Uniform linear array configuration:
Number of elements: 48
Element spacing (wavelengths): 0.25
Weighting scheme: exponential
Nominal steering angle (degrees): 45
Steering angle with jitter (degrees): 44.324
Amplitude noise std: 0.05
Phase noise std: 0.05

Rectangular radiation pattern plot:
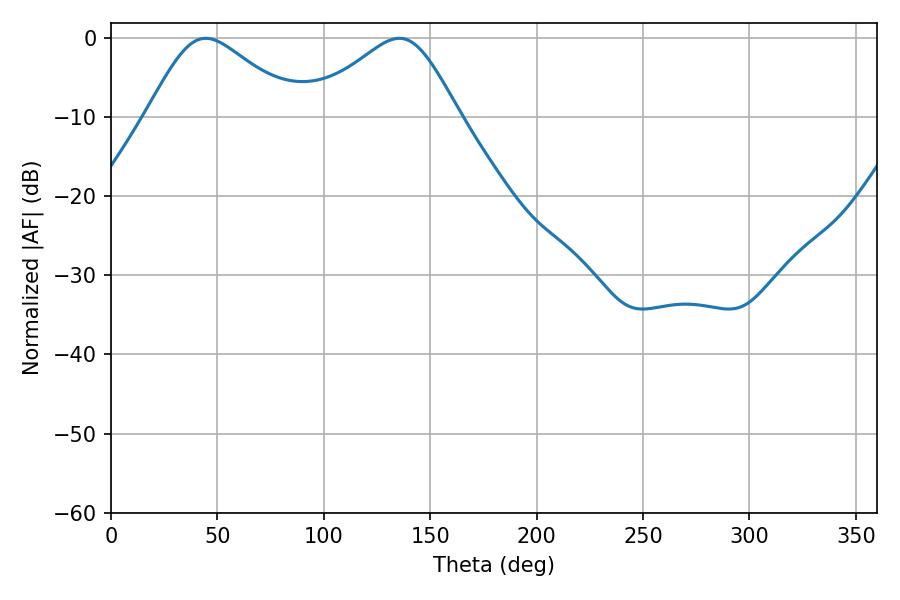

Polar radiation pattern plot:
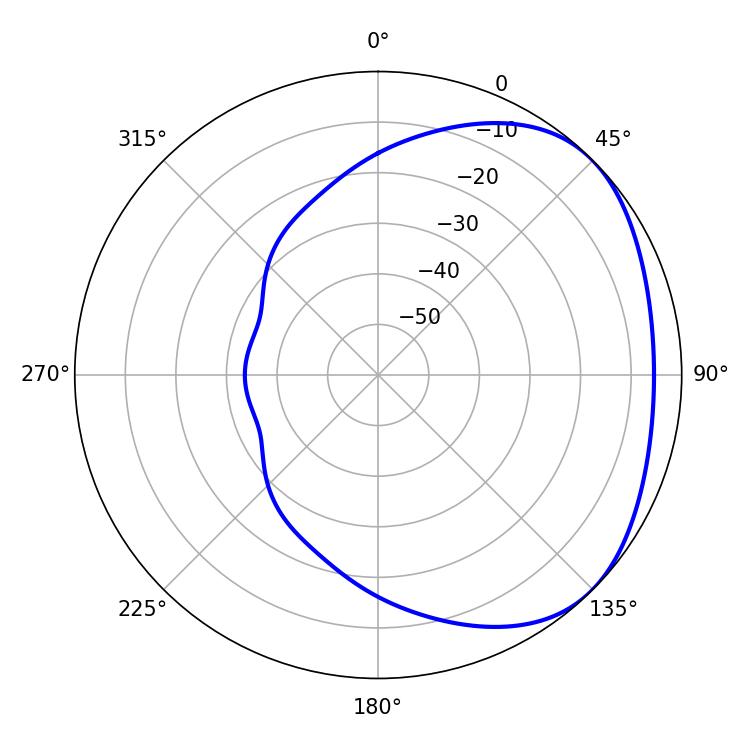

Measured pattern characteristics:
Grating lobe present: FALSE
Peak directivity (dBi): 2.809
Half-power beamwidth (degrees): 35.1
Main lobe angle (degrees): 44.46